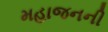
મહાજનની